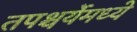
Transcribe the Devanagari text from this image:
तपश्चर्येमध्ये